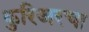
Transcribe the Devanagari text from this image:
कुरिअरचा